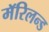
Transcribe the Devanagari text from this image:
मॅरिलन्ड